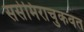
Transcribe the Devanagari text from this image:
ससेमिराचुकवत